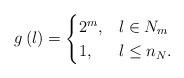
LaTeX: \begin{align*} g\left(l\right)=\begin{cases}2^{m}, &l \in N_m \\1, & l \leq n_N.\end{cases} \end{align*}